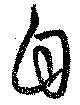
自